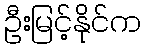
ဦးမြင့်နိုင်က